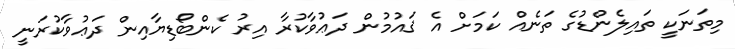
މިތަނަކީ ތައިލެންޑުގެ ތަނެއް ކަމަށް އެ ޤައުމުން ދަޢުވާކުރާ އިރު ކެންބޯޑިޔާއިން ދަޢުވާކުރަނީ